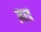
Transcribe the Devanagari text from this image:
ऩात्र